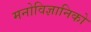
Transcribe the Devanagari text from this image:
मनोविज्ञानिको